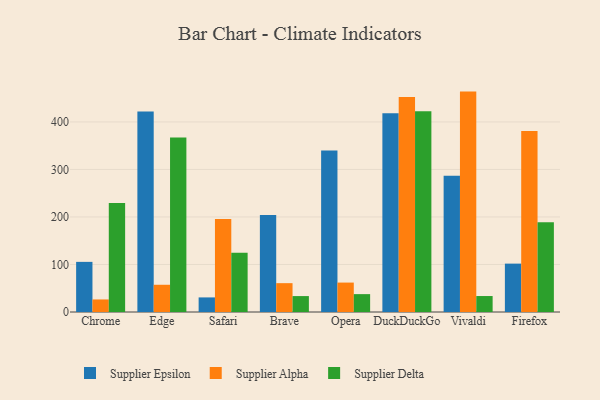
{"axis": {"x": "Browser", "y": "Bounce Rate (%)"}, "legend": ["Supplier Alpha", "Supplier Delta", "Supplier Epsilon"], "data": [{"x": "Chrome", "y": 105.5, "type": "Supplier Epsilon"}, {"x": "Chrome", "y": 26.4, "type": "Supplier Alpha"}, {"x": "Chrome", "y": 229.6, "type": "Supplier Delta"}, {"x": "Edge", "y": 421.8, "type": "Supplier Epsilon"}, {"x": "Edge", "y": 57.3, "type": "Supplier Alpha"}, {"x": "Edge", "y": 367.2, "type": "Supplier Delta"}, {"x": "Safari", "y": 30.7, "type": "Supplier Epsilon"}, {"x": "Safari", "y": 195.5, "type": "Supplier Alpha"}, {"x": "Safari", "y": 124.6, "type": "Supplier Delta"}, {"x": "Brave", "y": 204.0, "type": "Supplier Epsilon"}, {"x": "Brave", "y": 60.7, "type": "Supplier Alpha"}, {"x": "Brave", "y": 33.5, "type": "Supplier Delta"}, {"x": "Opera", "y": 339.6, "type": "Supplier Epsilon"}, {"x": "Opera", "y": 61.9, "type": "Supplier Alpha"}, {"x": "Opera", "y": 37.6, "type": "Supplier Delta"}, {"x": "DuckDuckGo", "y": 418.4, "type": "Supplier Epsilon"}, {"x": "DuckDuckGo", "y": 452.4, "type": "Supplier Alpha"}, {"x": "DuckDuckGo", "y": 422.5, "type": "Supplier Delta"}, {"x": "Vivaldi", "y": 286.6, "type": "Supplier Epsilon"}, {"x": "Vivaldi", "y": 463.8, "type": "Supplier Alpha"}, {"x": "Vivaldi", "y": 33.6, "type": "Supplier Delta"}, {"x": "Firefox", "y": 101.8, "type": "Supplier Epsilon"}, {"x": "Firefox", "y": 381.0, "type": "Supplier Alpha"}, {"x": "Firefox", "y": 188.7, "type": "Supplier Delta"}]}